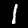
Label: 1